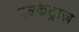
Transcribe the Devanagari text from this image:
एल्केट्राज़